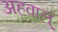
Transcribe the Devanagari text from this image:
अहवाल्